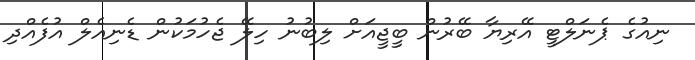
ނިއުގެ ޕެނަލްޓީ އޭރިޔާ ބޭރުން ބީޖީއަށް ލިބުނު ހިލޭ ޖެހުމަކުން ޑެނިއެލް އުފެއްދި